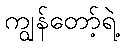
ကျွန်တော့်ရဲ့